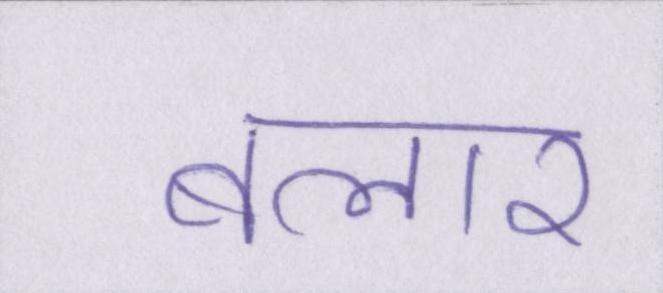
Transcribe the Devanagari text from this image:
बलार